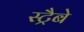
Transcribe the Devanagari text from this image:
स्ट्रैबे